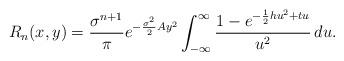
LaTeX: \begin{align*}R_n(x, y)=\frac{\sigma^{n+1}}{\pi} \displaystyle e^{-\frac{\sigma^2}{2}Ay^2} \displaystyle \int_{-\infty}^{\infty}\frac{1- \displaystyle e^{-\frac{1}{2}hu^2+tu}} {u^2}\, du.\end{align*}